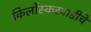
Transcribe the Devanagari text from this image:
किर्लोस्करवाडीचे